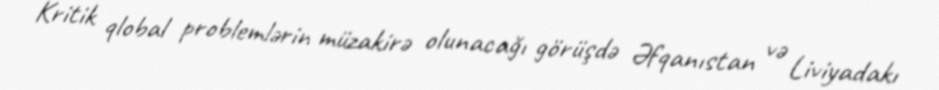
Kritik qlobal problemlərin müzakirə olunacağı görüşdə Əfqanıstan və Liviyadakı